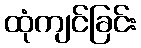
ထုံကျင်ခြင်း